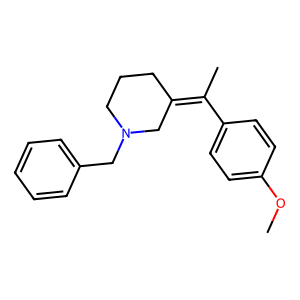
SMILES: COc1ccc(C(C)=C2CCCN(Cc3ccccc3)C2)cc1
Inhibits HIV replication: No